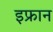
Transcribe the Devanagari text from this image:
इफ्रान